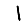
Digit: 1